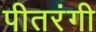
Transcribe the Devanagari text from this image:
पीतरंगी